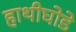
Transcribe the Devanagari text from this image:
हाथीघोडे